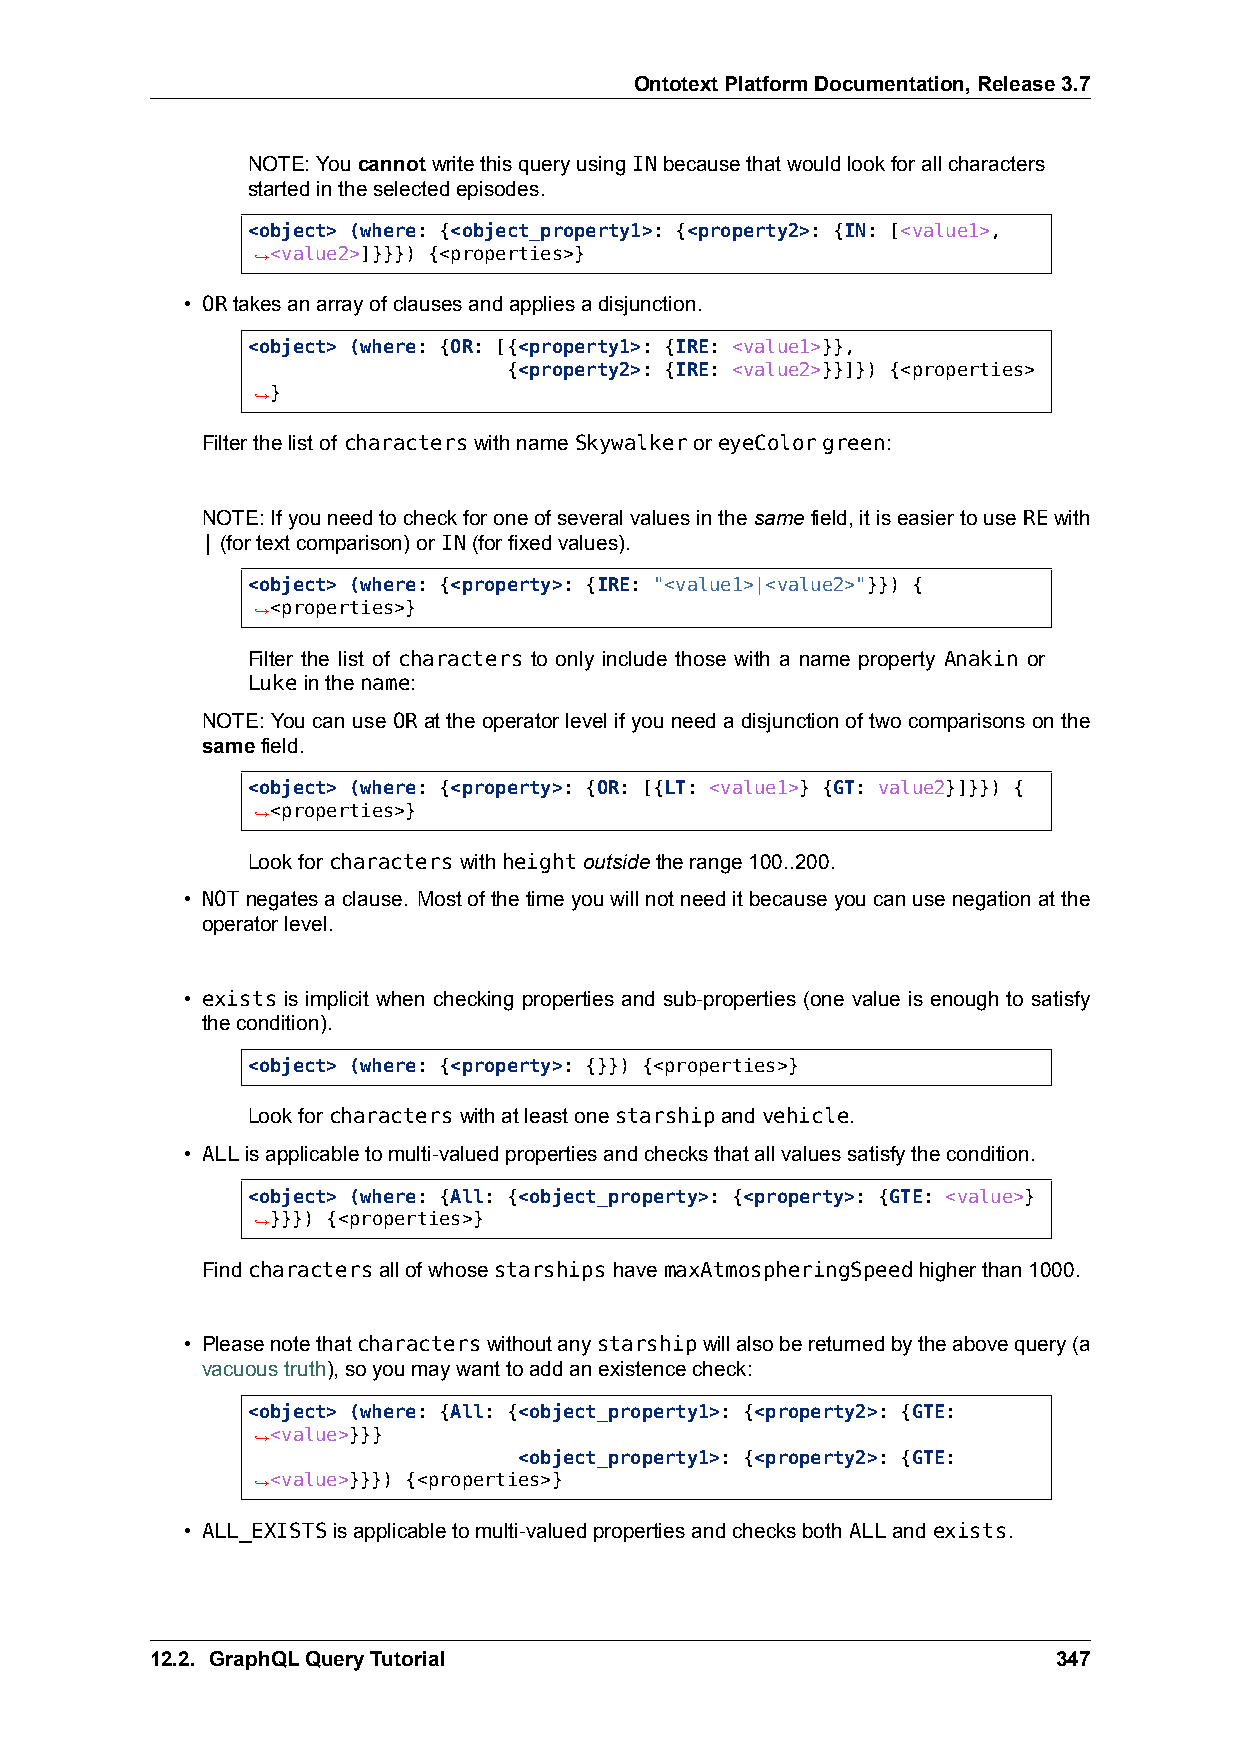
OntotextPlatformDocumentation,Release3.7
 NOTE:YoucannotwritethisqueryusingINbecausethatwouldlookforallcharacters
 startedintheselectedepisodes.
 <object> (where: {<object_property1>: {<property2>: {IN: [<value1>,
 ,→<value2>]}}}) {<properties>}
 • ORtakesanarrayofclausesandappliesadisjunction.
 <object> (where: {OR: [{<property1>: {IRE: <value1>}},
 {<property2>: {IRE: <value2>}}]}) {<properties>
 ,→}
 Filterthelistof characterswithnameSkywalkeroreyeColorgreen:
 NOTE:Ifyouneedtocheckforoneofseveralvaluesinthesamefield,itiseasiertouseREwith
 |(fortextcomparison)orIN(forfixedvalues).
 <object> (where: {<property>: {IRE: "<value1>|<value2>"}}) {
 ,→<properties>}
 Filter the list of characters to only include those with a name property Anakin or
 Lukeinthename:
 NOTE: Youcan use OR at the operator level if you need a disjunction of two comparisons on the
 samefield.
 <object> (where: {<property>: {OR: [{LT: <value1>} {GT: value2}]}}) {
 ,→<properties>}
 Lookforcharacterswithheightoutsidetherange100..200.
 • NOTnegatesaclause. Mostofthetimeyouwillnotneeditbecauseyoucanusenegationatthe
 operatorlevel.
 • exists is implicit when checking properties and sub-properties (one value is enough to satisfy
 thecondition).
 <object> (where: {<property>: {}}) {<properties>}
 Lookforcharacterswithatleastonestarshipandvehicle.
 • ALLisapplicabletomulti-valuedpropertiesandchecksthatallvaluessatisfythecondition.
 <object> (where: {All: {<object_property>: {<property>: {GTE: <value>}
 ,→}}}) {<properties>}
 FindcharactersallofwhosestarshipshavemaxAtmospheringSpeedhigherthan1000.
 • Pleasenotethatcharacterswithoutanystarshipwillalsobereturnedbytheabovequery(a
 vacuoustruth),soyoumaywanttoaddanexistencecheck:
 <object> (where: {All: {<object_property1>: {<property2>: {GTE:
 ,→<value>}}}
 <object_property1>: {<property2>: {GTE:
 ,→<value>}}}) {<properties>}
 • ALL_EXISTSisapplicabletomulti-valuedpropertiesandchecksbothALLandexists.
 12.2. GraphQLQueryTutorial                                  347